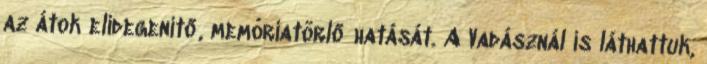
az átok elidegenítő, memóriatörlő hatását. A Vadásznál is láthattuk,